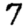
Digit: 7